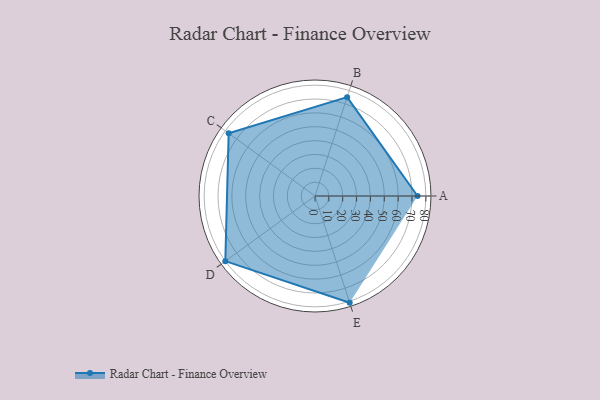
{"axis": {"x": "Skill", "y": "Score"}, "legend": ["Profile"], "data": [{"x": "A", "y": 74.0, "type": "Profile"}, {"x": "B", "y": 75.0, "type": "Profile"}, {"x": "C", "y": 77.0, "type": "Profile"}, {"x": "D", "y": 80.0, "type": "Profile"}, {"x": "E", "y": 81.0, "type": "Profile"}]}